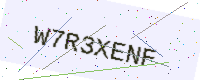
Text: W7R3XENF